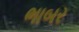
ભાબર